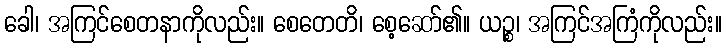
ခေါ၊ အကြင်စေတနာကိုလည်း။ စေတေတိ၊ စေ့ဆော်၏။ ယဉ္စ၊ အကြင်အကြံကိုလည်း။